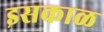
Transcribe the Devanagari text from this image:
इसकाळ